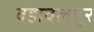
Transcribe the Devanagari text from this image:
वहावलपुर